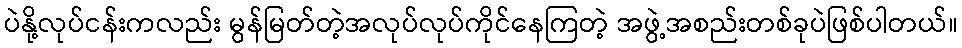
ပဲနို့လုပ်ငန်းကလည်း မွန်မြတ်တဲ့အလုပ်လုပ်ကိုင်နေကြတဲ့ အဖွဲ့အစည်းတစ်ခုပဲဖြစ်ပါတယ်။